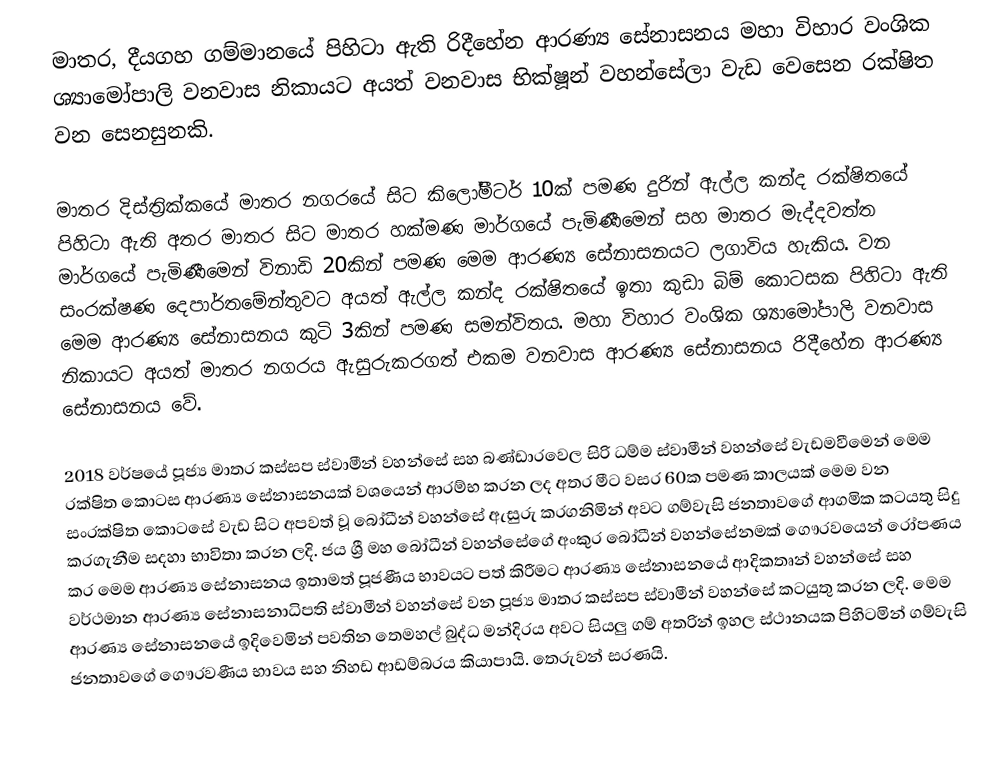
මාතර, දීයගහ ගම්මානයේ පිහිටා ඇති රිදීහේන ආරණ්‍ය සේනාසනය මහා විහාර වංශික ශ්‍යාමෝපාලි වනවාස නිකායට අයත් වනවාස භික්ෂූන් වහන්සේලා වැඩ වෙසෙන රක්ෂිත වන සෙනසුනකි.

මාතර දිස්ත්‍රික්කයේ මාතර නගරයේ සිට කිලෝමීටර් 10ක් පමණ දුරින් ඇල්ල කන්ද රක්ෂිතයේ පිහිටා ඇති අතර මාතර සිට මාතර හක්මණ මාර්ගයේ පැමිණීමෙන් සහ මාතර මැද්දවත්ත මාර්ගයේ පැමිණීමෙන් විනාඩි 20කින් පමණ මෙම ආරණ්‍ය සේනාසනයට ලගාවිය හැකිය. වන සංරක්ෂණ දෙපාර්තමේන්තුවට අයත් ඇල්ල කන්ද රක්ෂිතයේ ඉතා කුඩා බිම් කොටසක පිහිටා ඇති මෙම ආරණ්‍ය සේනාසනය කුටි 3කින් පමණ සමන්විතය. මහා විහාර වංශික ශ්‍යාමෝපාලි වනවාස නිකායට අයත් මාතර නගරය ඇසුරුකරගත් එකම වනවාස ආරණ්‍ය සේනාසනය රිදීහේන ආරණ්‍ය සේනාසනය වේ.

2018 වර්ෂයේ පූජ්‍ය මාතර කස්සප ස්වාමීන් වහන්සේ සහ බණ්ඩාරවෙල සිරි ධම්ම ස්වාමීන් වහන්සේ වැඩමවීමෙන් මෙම රක්ෂිත කොටස ආරණ්‍ය සේනාසනයක් වශයෙන් ආරම්භ කරන ලද අතර මීට වසර 60ක පමණ කාලයක් මෙම වන සංරක්ෂිත කොටසේ වැඩ සිට අපවත් වූ බෝධීන් වහන්සේ ඇසුරු කරගනිමින් අවට ගම්වැසි ජනතාවගේ ආගමික කටයතු සිදු කරගැනීම සදහා භාවිතා කරන ලදි. ජය ශ්‍රී මහ බෝධීන් වහන්සේගේ අංකුර බෝධීන් වහන්සේනමක් ගෞරවයෙන් රෝපණය කර මෙම ආරණ්‍ය සේනාසනය ඉතාමත් පූජණීය භාවයට පත් කිරීමට ආරණ්‍ය සේනාසනයේ ආදිකතෘන් වහන්සේ සහ වර්ථමාන ආරණ්‍ය සේනාසනාධිපති ස්වාමීන් වහන්සේ වන පූජ්‍ය මාතර කස්සප ස්වාමීන් වහන්සේ කටයුතු කරන ලදි. මෙම ආරණ්‍ය සේනාසනයේ ඉදිවෙමින් පවතින තෙමහල් බුද්ධ මන්දිරය අවට සියලු ගම් අතරින් ඉහල ස්ථානයක පිහිටමින් ගම්වැසි ජනතාවගේ ගෞරවණීය භාවය සහ නිහඩ ආඩම්බරය කියාපායි. තෙරුවන් සරණයි.